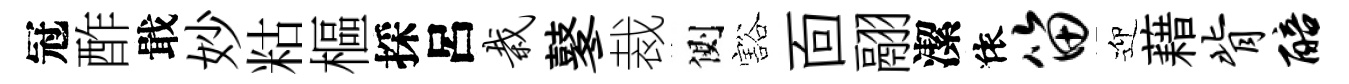
冠酢戢妙䊀樞採呂栽鼕裁側豁靣翮潔依笛迎藉背醅